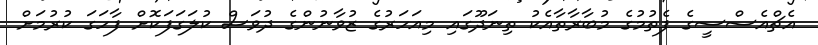
އެޗްއެސްސީގެ ފެތުމުގެ މުބާރާތާއެކު ތިނަދޫގައި މިއަހަރުގެ ޒުވާނުންގެ ދުވަސް ކުލަގަފަކޮށް ފާހަގަ ކުރުމަށް